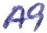
Text: A9